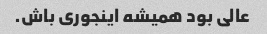
عالی بود همیشه اینجوری باش.